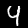
Digit: 4